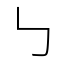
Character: ㇉